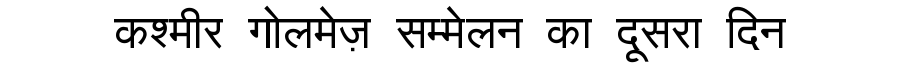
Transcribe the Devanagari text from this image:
कश्मीर गोलमेज़ सम्मेलन का दूसरा दिन